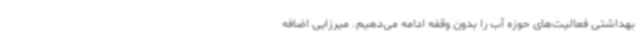
بهداشتی فعالیت‌های حوزه آب را بدون وقفه ادامه می‌دهیم. میرزایی اضافه